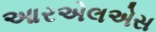
આરએલએસ